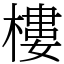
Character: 樓